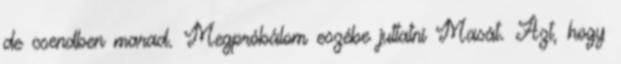
de csendben marad. Megpróbálom eszébe juttatni Masát. Azt, hogy